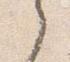
之